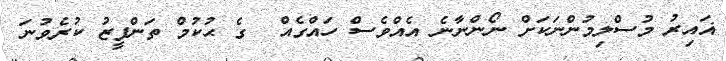
ޣައިރު މުސްލިމުންނަކަށް ނޯންނާނެ އެއްވެސް ހައްގެއް  ގެ ޙުކުމް ތަންފީޒު ކުރެވުނަ